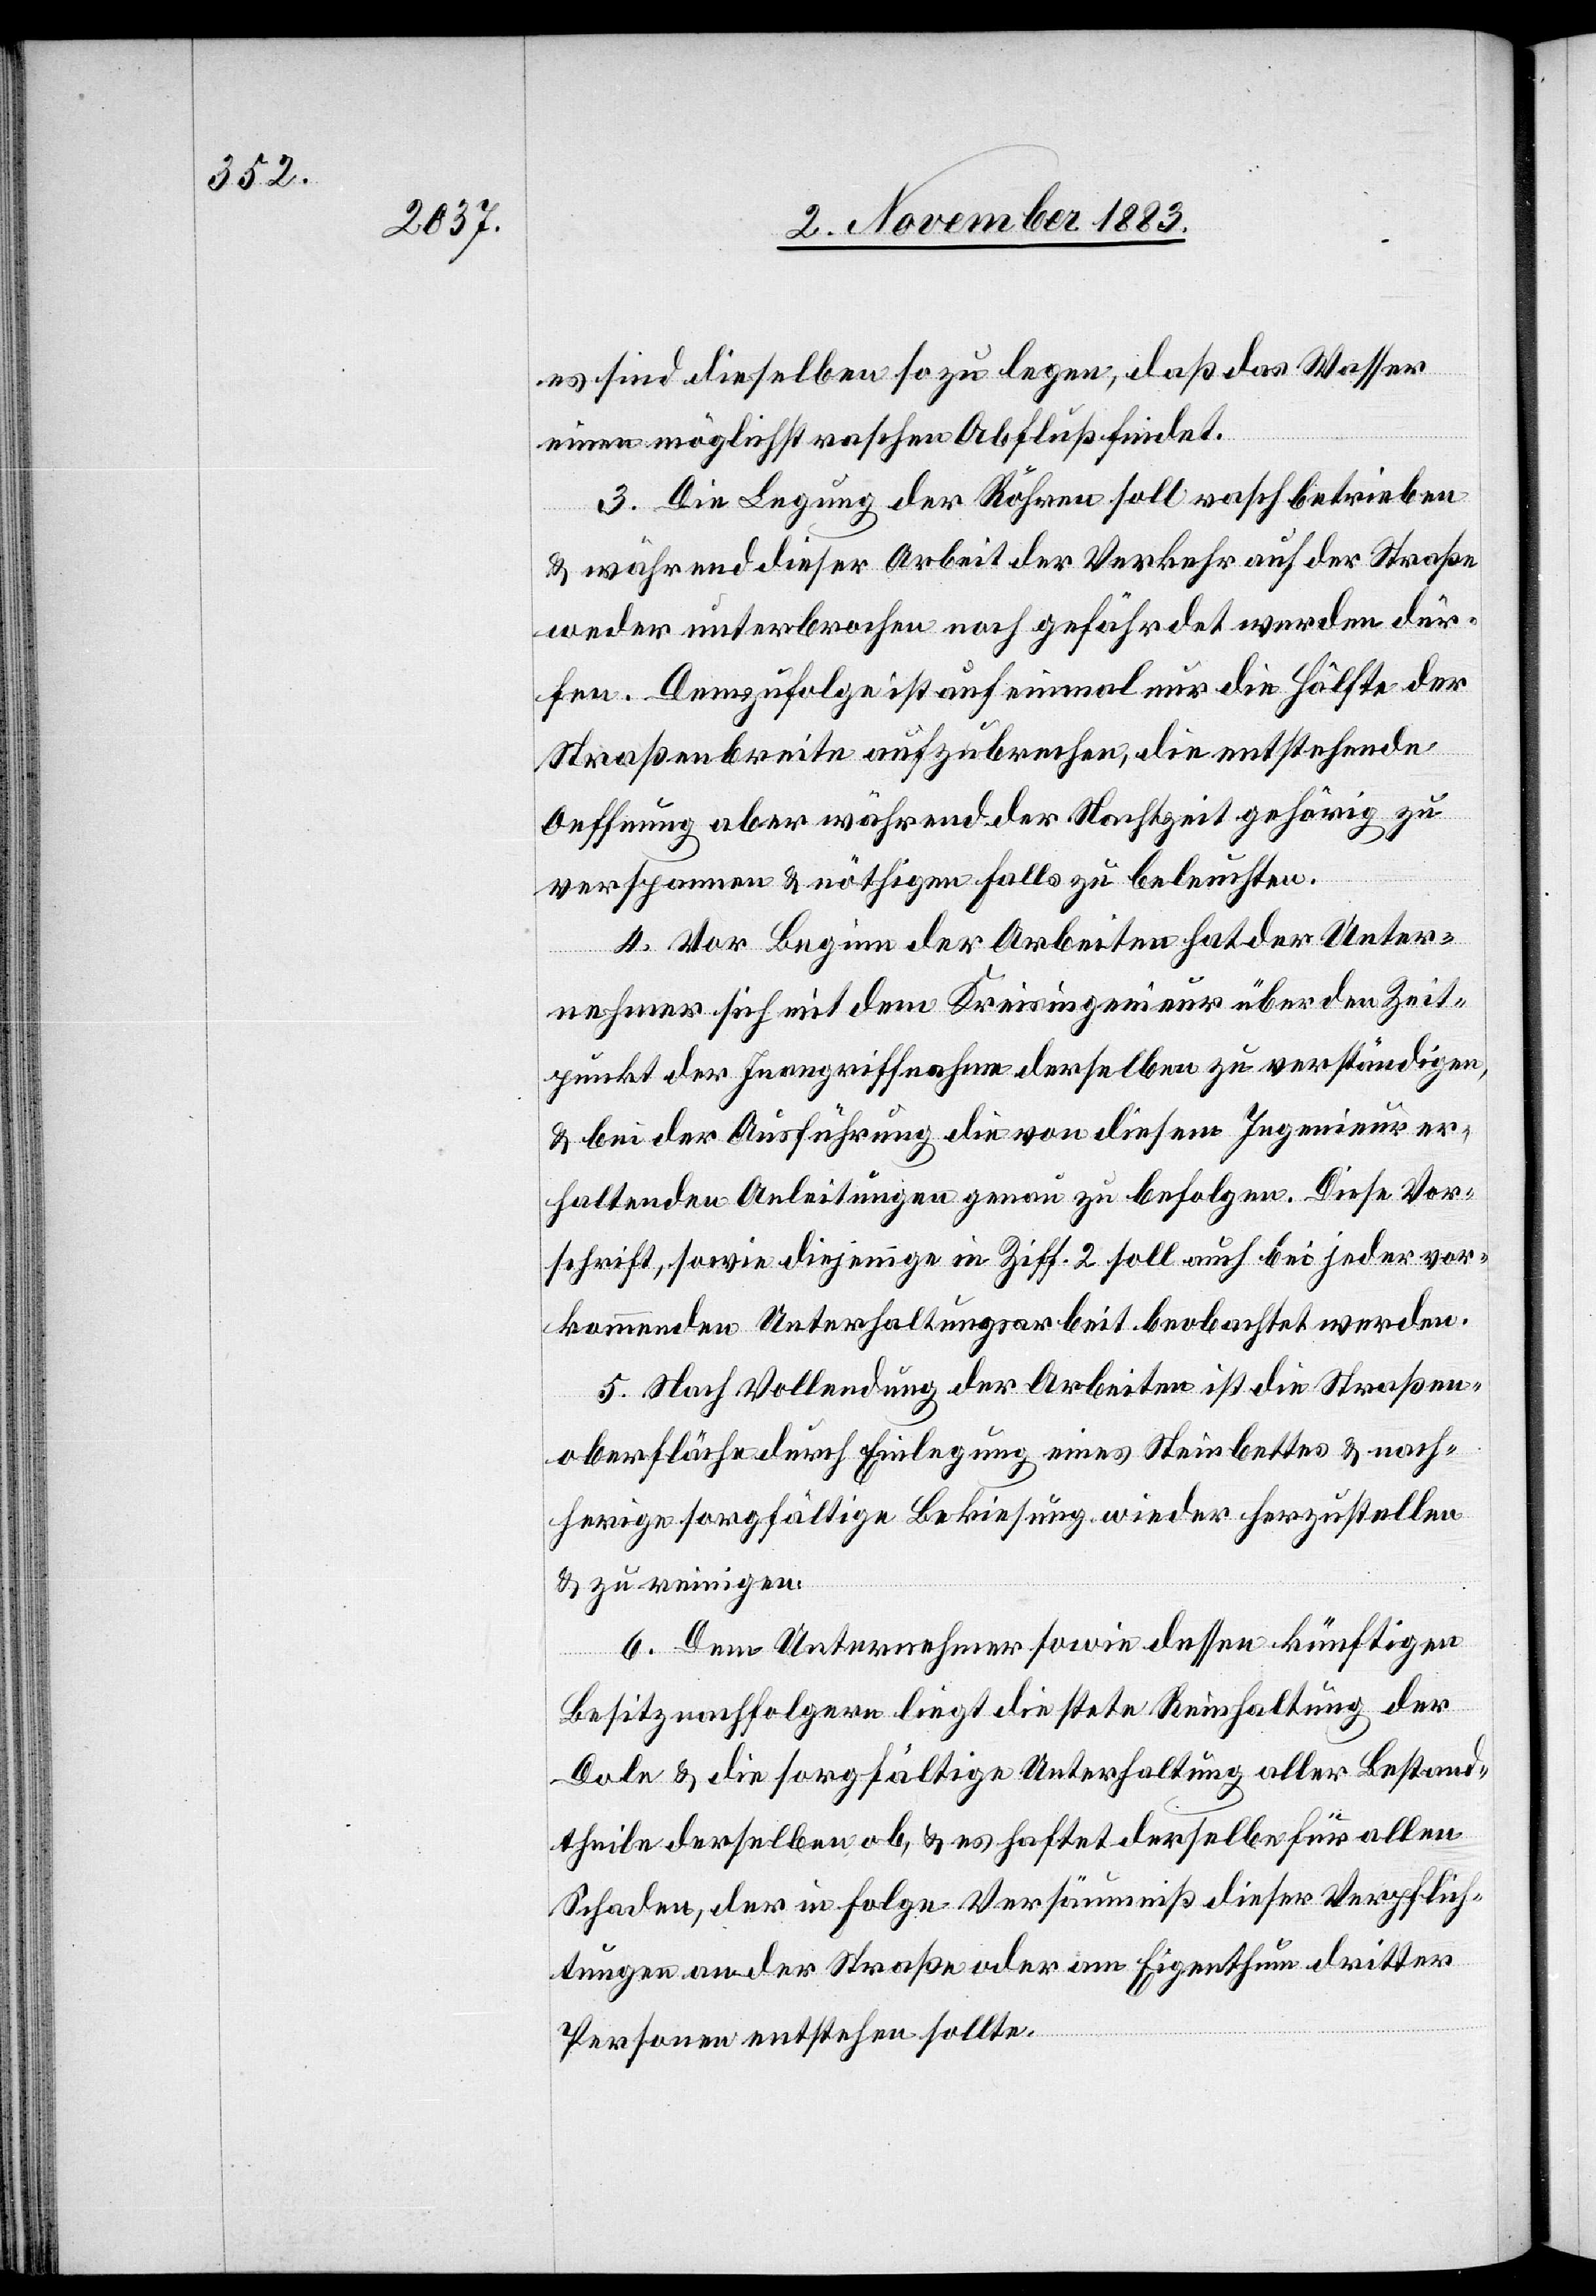
es sind dieselben so zu legen, daß das Wasser
einen möglichst raschen Abfluß findet.
3. Die Legung der Röhren soll rasch betrieben
& während dieser Arbeit der Verkehr auf der Straße
weder unterbrochen noch gefährdet werden dür¬
fen. Demzufolge ist auf einmal nur die Hälfte der
Straßenbreite aufzubrechen, die entstehende
Oeffnung aber während der Nachtzeit gehörig zu
verspannen & nöthigen Falls zu beleuchten.
4. Vor Beginn der Arbeiten hat der Unter¬
nehmer sich mit dem Kreisingenieur über den Zeit¬
punkt der Inangriffnahme derselben zu verständigen,
& bei der Ausführung die von diesem Ingenieur er¬
haltenden Anleitungen genau zu befolgen. Diese Vor¬
schrift, sowie diejenige in Ziff. 2 soll auch bei jeder vor¬
kommenden Unterhaltungsarbeit beobachtet werden.
5. Nach Vollendung der Arbeiten ist die Straßen¬
oberfläche durch Einlegung eines Steinbettes & nach¬
herige sorgfältige Bekiesung wieder herzustellen
& zu reinigen.
6. Dem Unternehmer sowie dessen künftigen
Besitznachfolgern liegt die stete Reinhaltung der
Dole & die sorgfältige Unterhaltung aller Bestand¬
theile derselben ob, & es haftet derselbe für allen
Schaden, der in Folge Versäumniß dieser Verpflich¬
tungen an der Straße oder im Eigenthum dritter
Personen entstehen sollte.